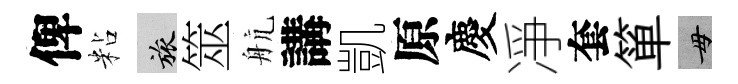
俾粘旅筮航講凱原慶凈套箪毋